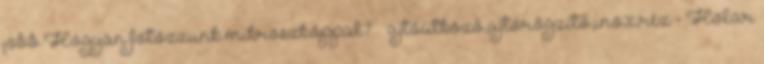
jobb Hogyan fotózzunk mikroszkóppal? » ajtóütköző,ajtórögzítő,inox,réz - Holar